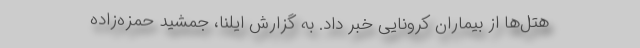
هتل‌ها از بیماران کرونایی خبر داد. به گزارش ایلنا، جمشید حمزه‌زاده